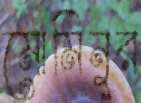
মোমিনুর